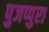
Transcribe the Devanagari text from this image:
पुजप्पुरा